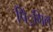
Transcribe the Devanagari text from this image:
पिं्रगिल